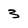
Character: 3